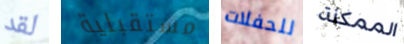
لقد مستقبلية للحفلات الممكنة